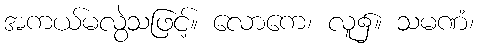
အကယ်မလွဲသဖြင့်။ လောကေ၊ လူ၌။ သမဏံ၊